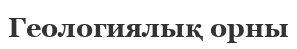
Геологиялық орны